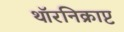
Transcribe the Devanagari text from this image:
थॉरनिक्राप्ट